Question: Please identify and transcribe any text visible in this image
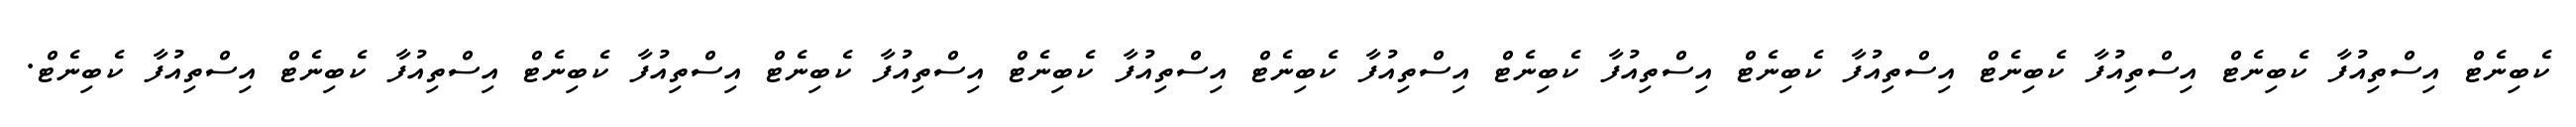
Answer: ކެބިނެޓް އިސްތިއުފާ ކެބިނެޓް އިސްތިއުފާ ކެބިނެޓް އިސްތިއުފާ ކެބިނެޓް އިސްތިއުފާ ކެބިނެޓް އިސްތިއުފާ ކެބިނެޓް އިސްތިއުފާ ކެބިނެޓް އިސްތިއުފާ ކެބިނެޓް އިސްތިއުފާ ކެބިނެޓް އިސްތިއުފާ ކެބިނެޓް އިސްތިއުފާ ކެބިނެޓް.